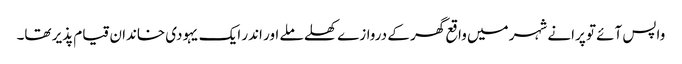
واپس آئے تو پرانے شہر میں واقع گھر کے دروازے کھلے ملے اور اندر ایک یہودی خاندان قیام پذیر تھا۔